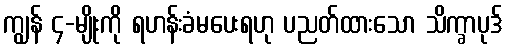
ကျွန် ၄-မျိုးကို ရဟန်းခံမပေးရဟု ပညတ်ထားသော သိက္ခာပုဒ်